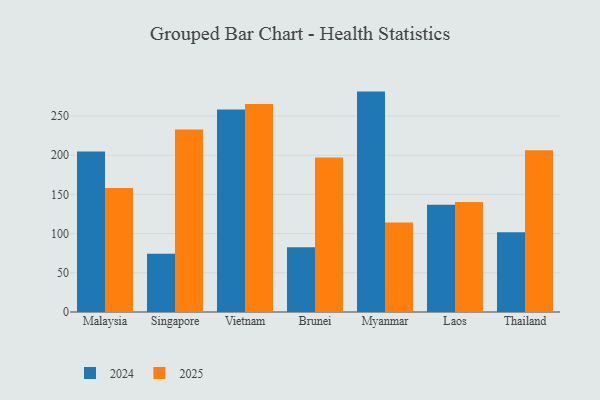
{"axis": {"x": "Country", "y": "Headcount"}, "legend": ["2024", "2025"], "data": [{"x": "Malaysia", "y": 158.3, "type": "2025"}, {"x": "Malaysia", "y": 204.8, "type": "2024"}, {"x": "Singapore", "y": 232.8, "type": "2025"}, {"x": "Singapore", "y": 74.4, "type": "2024"}, {"x": "Vietnam", "y": 265.3, "type": "2025"}, {"x": "Vietnam", "y": 258.5, "type": "2024"}, {"x": "Brunei", "y": 197.2, "type": "2025"}, {"x": "Brunei", "y": 82.6, "type": "2024"}, {"x": "Myanmar", "y": 114.2, "type": "2025"}, {"x": "Myanmar", "y": 281.2, "type": "2024"}, {"x": "Laos", "y": 140.2, "type": "2025"}, {"x": "Laos", "y": 136.8, "type": "2024"}, {"x": "Thailand", "y": 206.4, "type": "2025"}, {"x": "Thailand", "y": 101.7, "type": "2024"}]}